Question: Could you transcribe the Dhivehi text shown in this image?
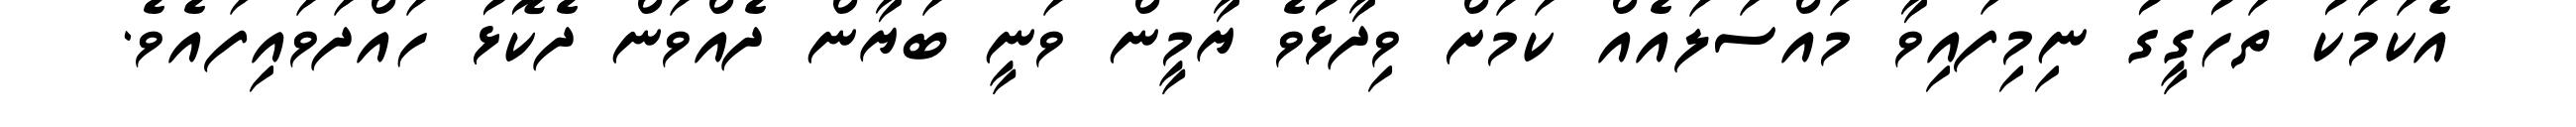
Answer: އެކަމަކު ތަހުގީގު ނިމިފައިވާ މައްސަލައެއް ކަމަށް ވިދާޅުވެ ޔާމީން ވަނީ ބަޔާން ދެއްވަން ދެކޮޅު ހައްދަވައިފައެވެ.